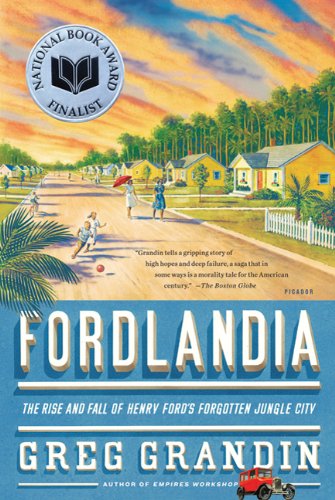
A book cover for Fordlandia: The Rise and Fall of Henry Ford's Forgotten Jungle City; Greg Grandin; Business & Money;